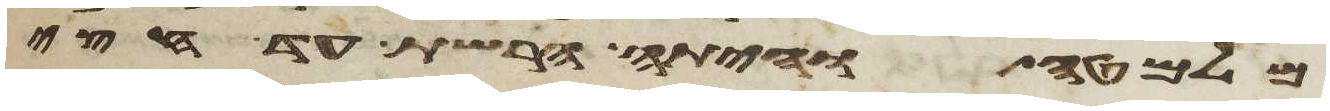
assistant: מלמטה והיתה הרשת עד חצי